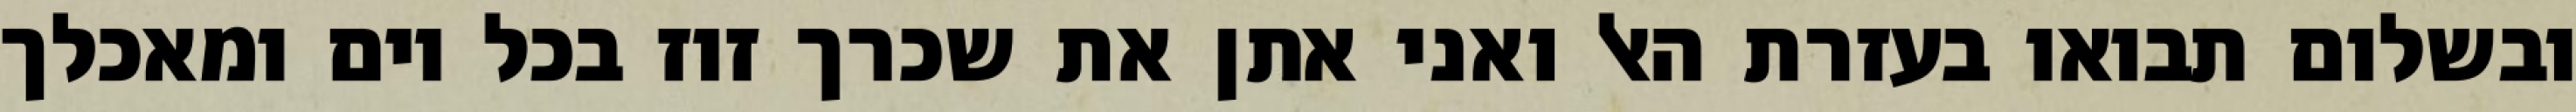
ובשלום תבואו בעזרת האל ואני אתן את שכרך זוז בכל יום ומאכלך